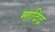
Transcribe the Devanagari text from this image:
मादिद्र